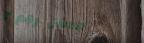
مدخل رقم ٢